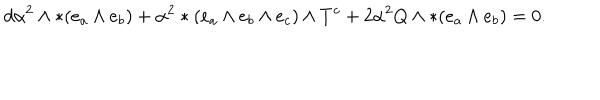
d \alpha ^ { 2 } \wedge * ( e _ { a } \wedge e _ { b } ) + \alpha ^ { 2 } * ( e _ { a } \wedge e _ { b } \wedge e _ { c } ) \wedge T ^ { c } + 2 \alpha ^ { 2 } Q \wedge * ( e _ { a } \wedge e _ { b } ) = 0 .